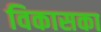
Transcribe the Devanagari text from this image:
विकासका